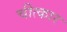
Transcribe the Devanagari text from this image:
चीत्‍कार